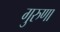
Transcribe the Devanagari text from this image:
गुरुणा